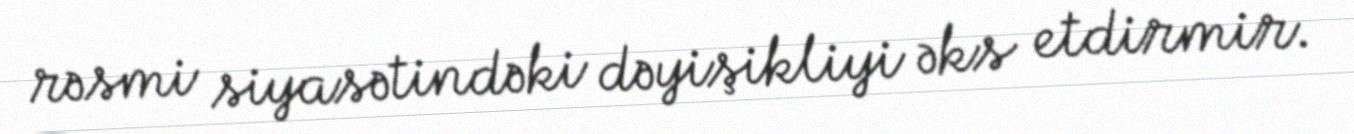
rəsmi siyasətindəki dəyişikliyi əks etdirmir.